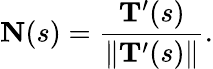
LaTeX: \mathbf{N}(s)={\frac{\mathbf{T}^{\prime}(s)}{\| \mathbf{T}^{\prime}(s)\| }}.